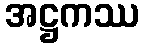
အဋ္ဌကဿ